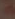
2